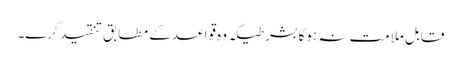
قابل ملامت نہ ہوگا بشرطیکہ وہ قواعد کے مطابق تنقید کرے۔